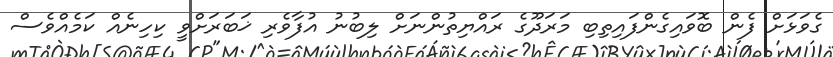
ގެވަޅަށް ފެން ބޮވައިގެންފައިތިބި މަރަދޫގެ ރައްޔިތުންނަށް ލިބުނު އުފާވެރި ޚަބަރަށްވީ ކިހިނެއް ކަމެއްވެސް